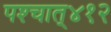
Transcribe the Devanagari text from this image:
पश्‍चात्‌४१२